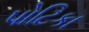
પોટિકા